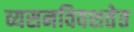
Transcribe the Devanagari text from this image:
व्यसनविवशतेत